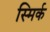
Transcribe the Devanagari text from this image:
स्मिर्क